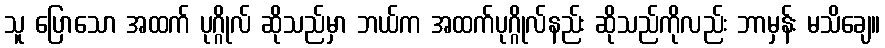
သူ ပြောသော အထက် ပုဂ္ဂိုလ် ဆိုသည်မှာ ဘယ်က အထက်ပုဂ္ဂိုလ်နည်း ဆိုသည်ကိုလည်း ဘာမှန်း မသိချေ။